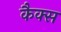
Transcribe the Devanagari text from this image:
कैक्स